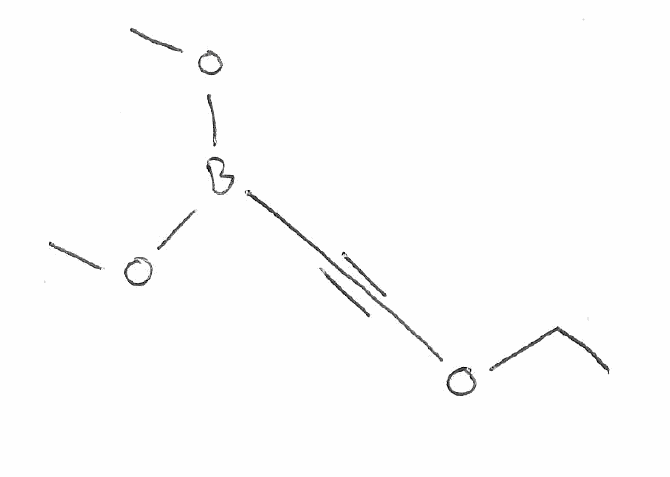
Simplified molecular-input line-entry system (SMILES) notation of the given molecule:
B(C#COCC)(OC)OC